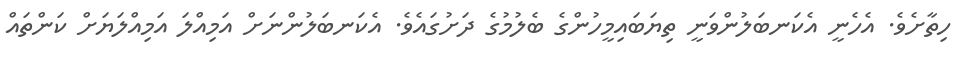
ހިތާށެވެ. އެހެނީ އެކަނބަލުންވަނީ ތިޔަބައިމީހުންގެ ބެލުމުގެ ދަށުގައެވެ. އެކަނބަލުންނަށް އަމިއްލަ އަމިއްލަޔަށް ކަންތައް